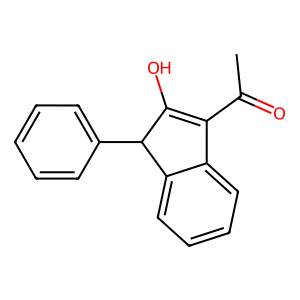
SMILES: CC(=O)C1=C(O)C(c2ccccc2)c2ccccc21
Inhibits HIV replication: No